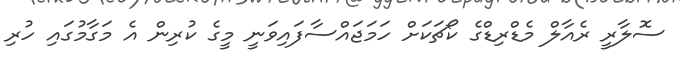
ސޮލާރީ ރެއާލް މެޑްރިޑްގެ ކޯޗަކަށް ހަމަޖައްސާފައިވަނީ މީގެ ކުރިން އެ މަގާމުގައި ހުރި